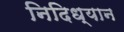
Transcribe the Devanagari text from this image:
निदिध्यान